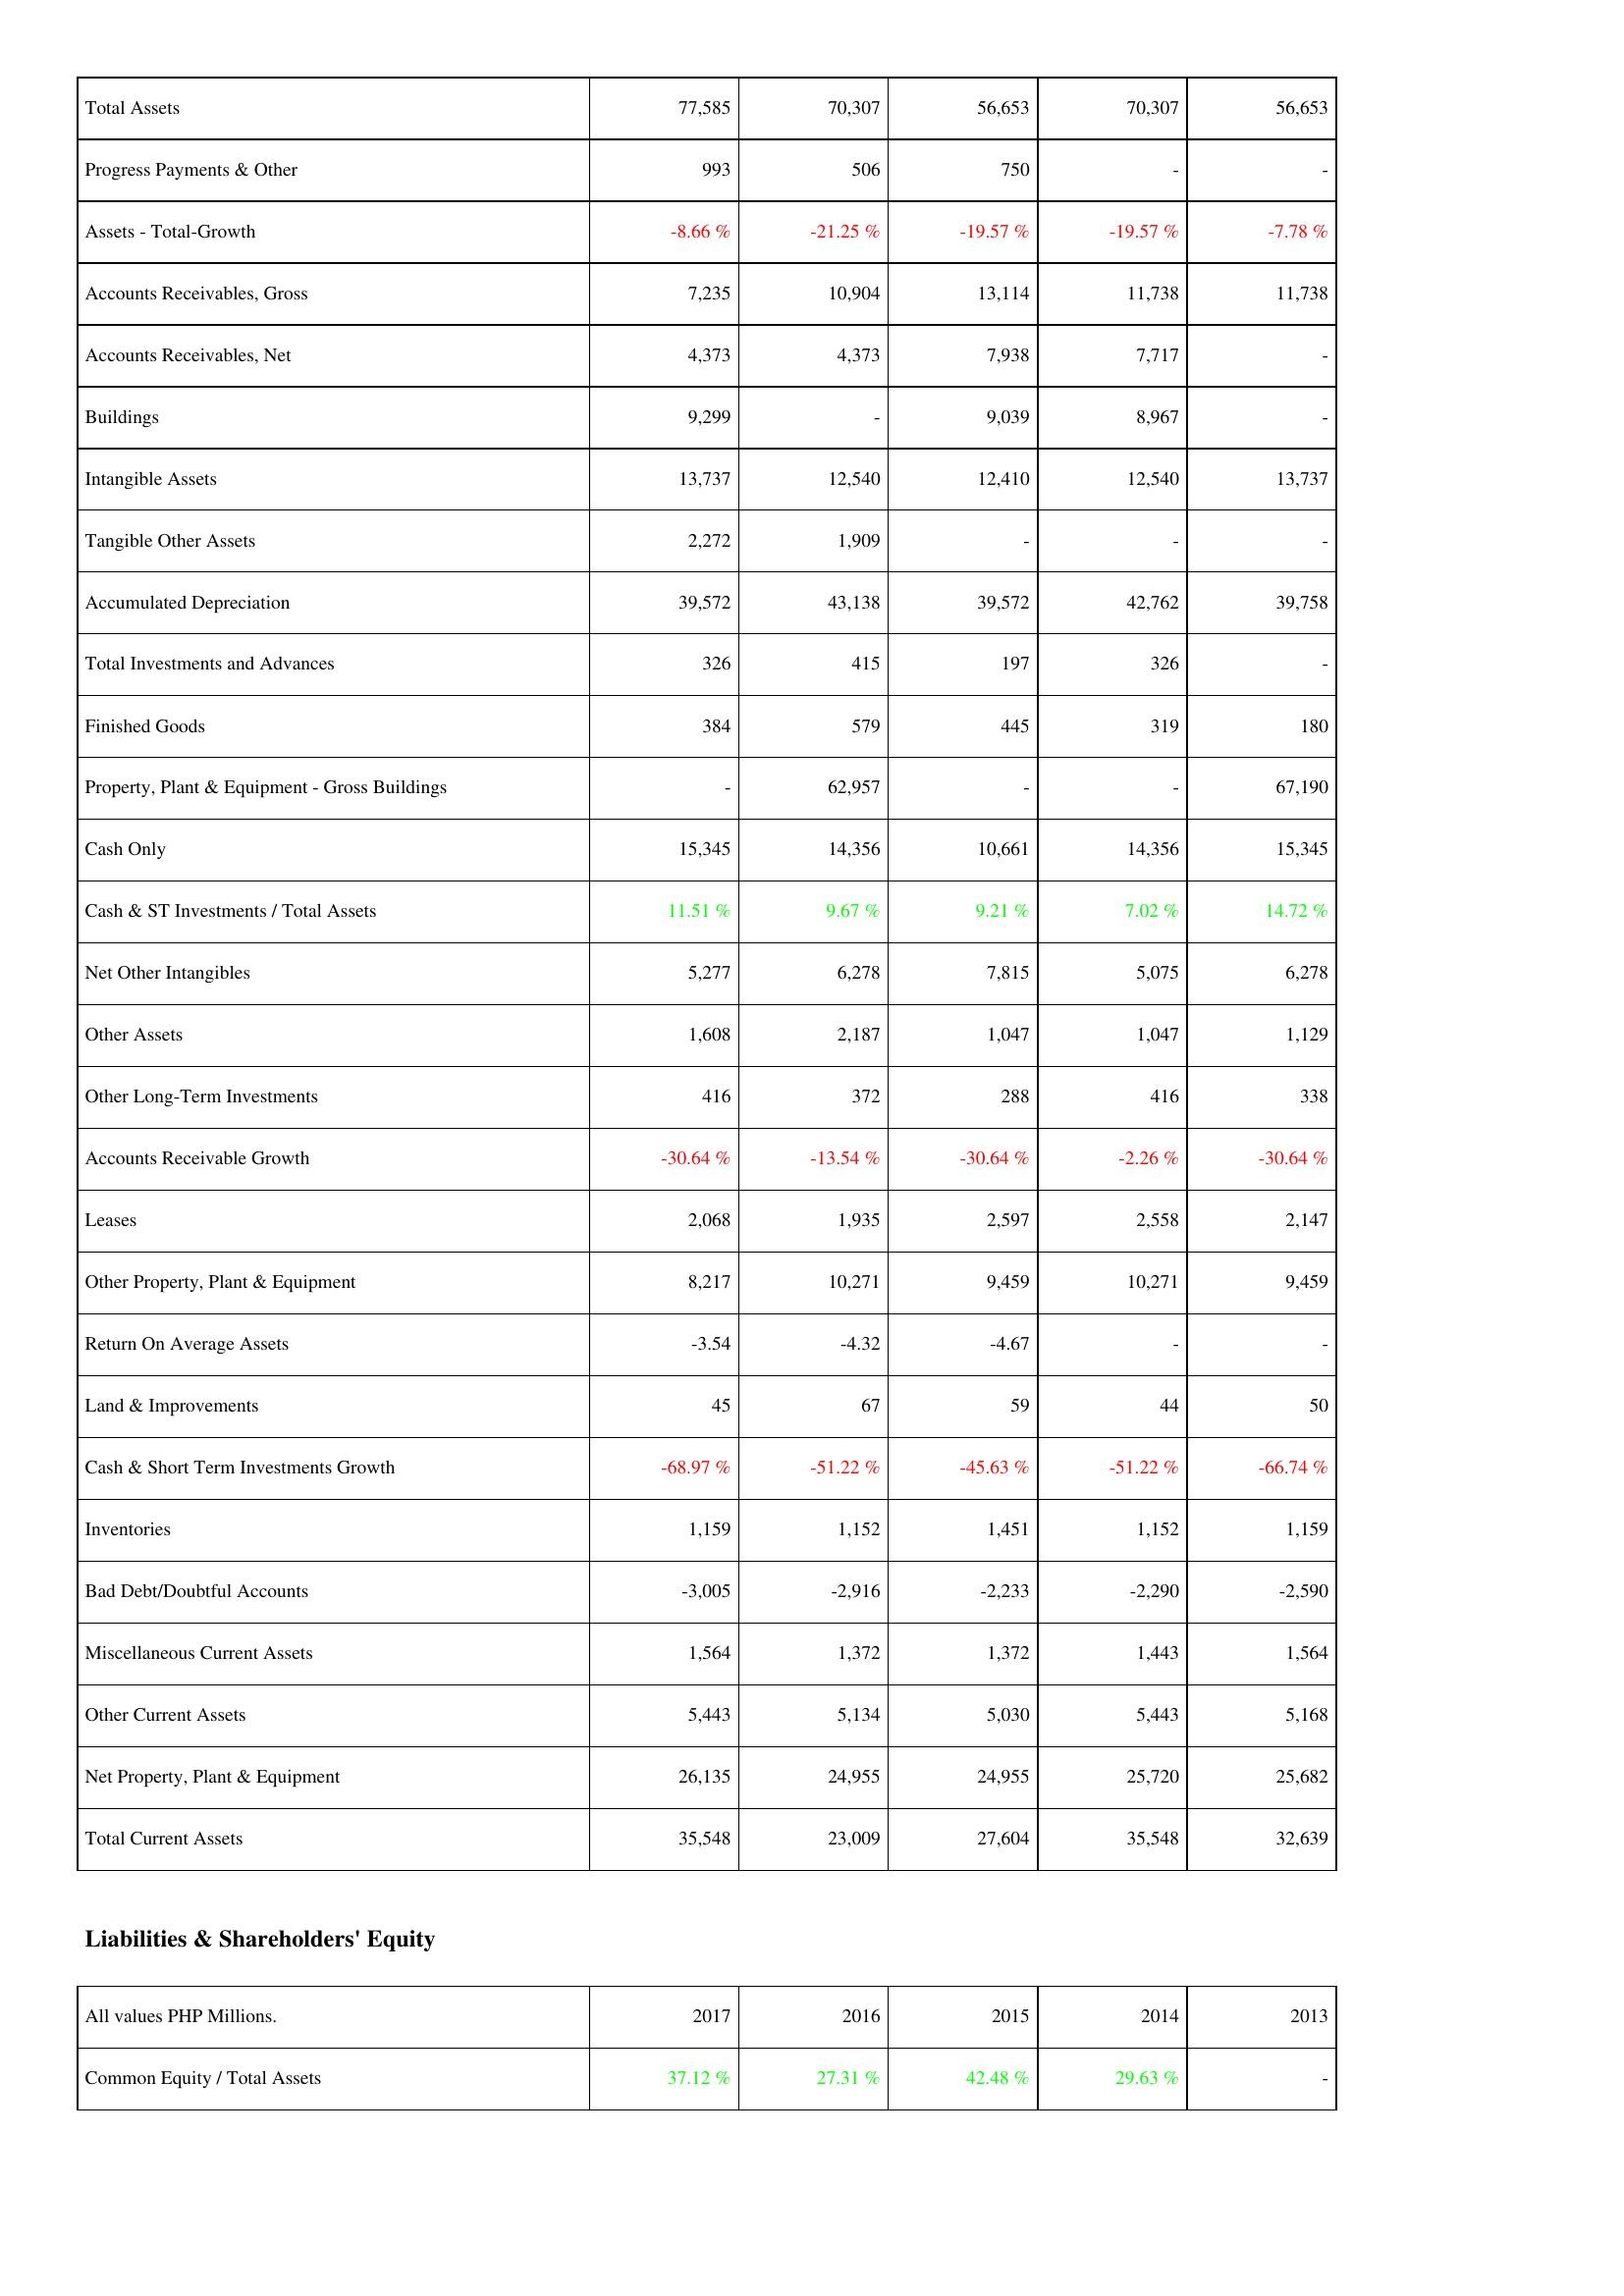
2017: Assets: Total Assets: 77,585
Progress Payments & Other: 993
Assets - Total-Growth: -8.66 %
Accounts Receivables, Gross: 7,235
Accounts Receivables, Net: 4,373
Buildings: 9,299
Intangible Assets: 13,737
Tangible Other Assets: 2,272
Accumulated Depreciation: 39,572
Total Investments and Advances: 326
Finished Goods: 384
Property, Plant & Equipment - Gross Buildings: -
Cash Only: 15,345
Cash & ST Investments / Total Assets: 11.51 %
Net Other Intangibles: 5,277
Other Assets: 1,608
Other Long-Term Investments: 416
Accounts Receivable Growth: -30.64 %
Leases: 2,068
Other Property, Plant & Equipment: 8,217
Return On Average Assets: -3.54
Land & Improvements: 45
Cash & Short Term Investments Growth: -68.97 %
Inventories: 1,159
Bad Debt/Doubtful Accounts: -3,005
Miscellaneous Current Assets: 1,564
Other Current Assets: 5,443
Net Property, Plant & Equipment: 26,135
Total Current Assets: 35,548
Liabilities & Shareholders' Equity: Common Equity / Total Assets: 37.12 %
2016: Assets: Total Assets: 70,307
Progress Payments & Other: 506
Assets - Total-Growth: -21.25 %
Accounts Receivables, Gross: 10,904
Accounts Receivables, Net: 4,373
Buildings: -
Intangible Assets: 12,540
Tangible Other Assets: 1,909
Accumulated Depreciation: 43,138
Total Investments and Advances: 415
Finished Goods: 579
Property, Plant & Equipment - Gross Buildings: 62,957
Cash Only: 14,356
Cash & ST Investments / Total Assets: 9.67 %
Net Other Intangibles: 6,278
Other Assets: 2,187
Other Long-Term Investments: 372
Accounts Receivable Growth: -13.54 %
Leases: 1,935
Other Property, Plant & Equipment: 10,271
Return On Average Assets: -4.32
Land & Improvements: 67
Cash & Short Term Investments Growth: -51.22 %
Inventories: 1,152
Bad Debt/Doubtful Accounts: -2,916
Miscellaneous Current Assets: 1,372
Other Current Assets: 5,134
Net Property, Plant & Equipment: 24,955
Total Current Assets: 23,009
Liabilities & Shareholders' Equity: Common Equity / Total Assets: 27.31 %
2015: Assets: Total Assets: 56,653
Progress Payments & Other: 750
Assets - Total-Growth: -19.57 %
Accounts Receivables, Gross: 13,114
Accounts Receivables, Net: 7,938
Buildings: 9,039
Intangible Assets: 12,410
Tangible Other Assets: -
Accumulated Depreciation: 39,572
Total Investments and Advances: 197
Finished Goods: 445
Property, Plant & Equipment - Gross Buildings: -
Cash Only: 10,661
Cash & ST Investments / Total Assets: 9.21 %
Net Other Intangibles: 7,815
Other Assets: 1,047
Other Long-Term Investments: 288
Accounts Receivable Growth: -30.64 %
Leases: 2,597
Other Property, Plant & Equipment: 9,459
Return On Average Assets: -4.67
Land & Improvements: 59
Cash & Short Term Investments Growth: -45.63 %
Inventories: 1,451
Bad Debt/Doubtful Accounts: -2,233
Miscellaneous Current Assets: 1,372
Other Current Assets: 5,030
Net Property, Plant & Equipment: 24,955
Total Current Assets: 27,604
Liabilities & Shareholders' Equity: Common Equity / Total Assets: 42.48 %
2014: Assets: Total Assets: 70,307
Progress Payments & Other: -
Assets - Total-Growth: -19.57 %
Accounts Receivables, Gross: 11,738
Accounts Receivables, Net: 7,717
Buildings: 8,967
Intangible Assets: 12,540
Tangible Other Assets: -
Accumulated Depreciation: 42,762
Total Investments and Advances: 326
Finished Goods: 319
Property, Plant & Equipment - Gross Buildings: -
Cash Only: 14,356
Cash & ST Investments / Total Assets: 7.02 %
Net Other Intangibles: 5,075
Other Assets: 1,047
Other Long-Term Investments: 416
Accounts Receivable Growth: -2.26 %
Leases: 2,558
Other Property, Plant & Equipment: 10,271
Return On Average Assets: -
Land & Improvements: 44
Cash & Short Term Investments Growth: -51.22 %
Inventories: 1,152
Bad Debt/Doubtful Accounts: -2,290
Miscellaneous Current Assets: 1,443
Other Current Assets: 5,443
Net Property, Plant & Equipment: 25,720
Total Current Assets: 35,548
Liabilities & Shareholders' Equity: Common Equity / Total Assets: 29.63 %
2013: Assets: Total Assets: 56,653
Progress Payments & Other: -
Assets - Total-Growth: -7.78 %
Accounts Receivables, Gross: 11,738
Accounts Receivables, Net: -
Buildings: -
Intangible Assets: 13,737
Tangible Other Assets: -
Accumulated Depreciation: 39,758
Total Investments and Advances: -
Finished Goods: 180
Property, Plant & Equipment - Gross Buildings: 67,190
Cash Only: 15,345
Cash & ST Investments / Total Assets: 14.72 %
Net Other Intangibles: 6,278
Other Assets: 1,129
Other Long-Term Investments: 338
Accounts Receivable Growth: -30.64 %
Leases: 2,147
Other Property, Plant & Equipment: 9,459
Return On Average Assets: -
Land & Improvements: 50
Cash & Short Term Investments Growth: -66.74 %
Inventories: 1,159
Bad Debt/Doubtful Accounts: -2,590
Miscellaneous Current Assets: 1,564
Other Current Assets: 5,168
Net Property, Plant & Equipment: 25,682
Total Current Assets: 32,639
Liabilities & Shareholders' Equity: Common Equity / Total Assets: -